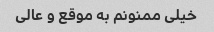
خیلی ممنونم به موقع و عالی